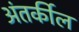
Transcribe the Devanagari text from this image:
अंतर्कील